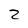
Character: 2